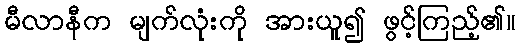
မီလာနီက မျက်လုံးကို အားယူ၍ ဖွင့်ကြည့်၏။